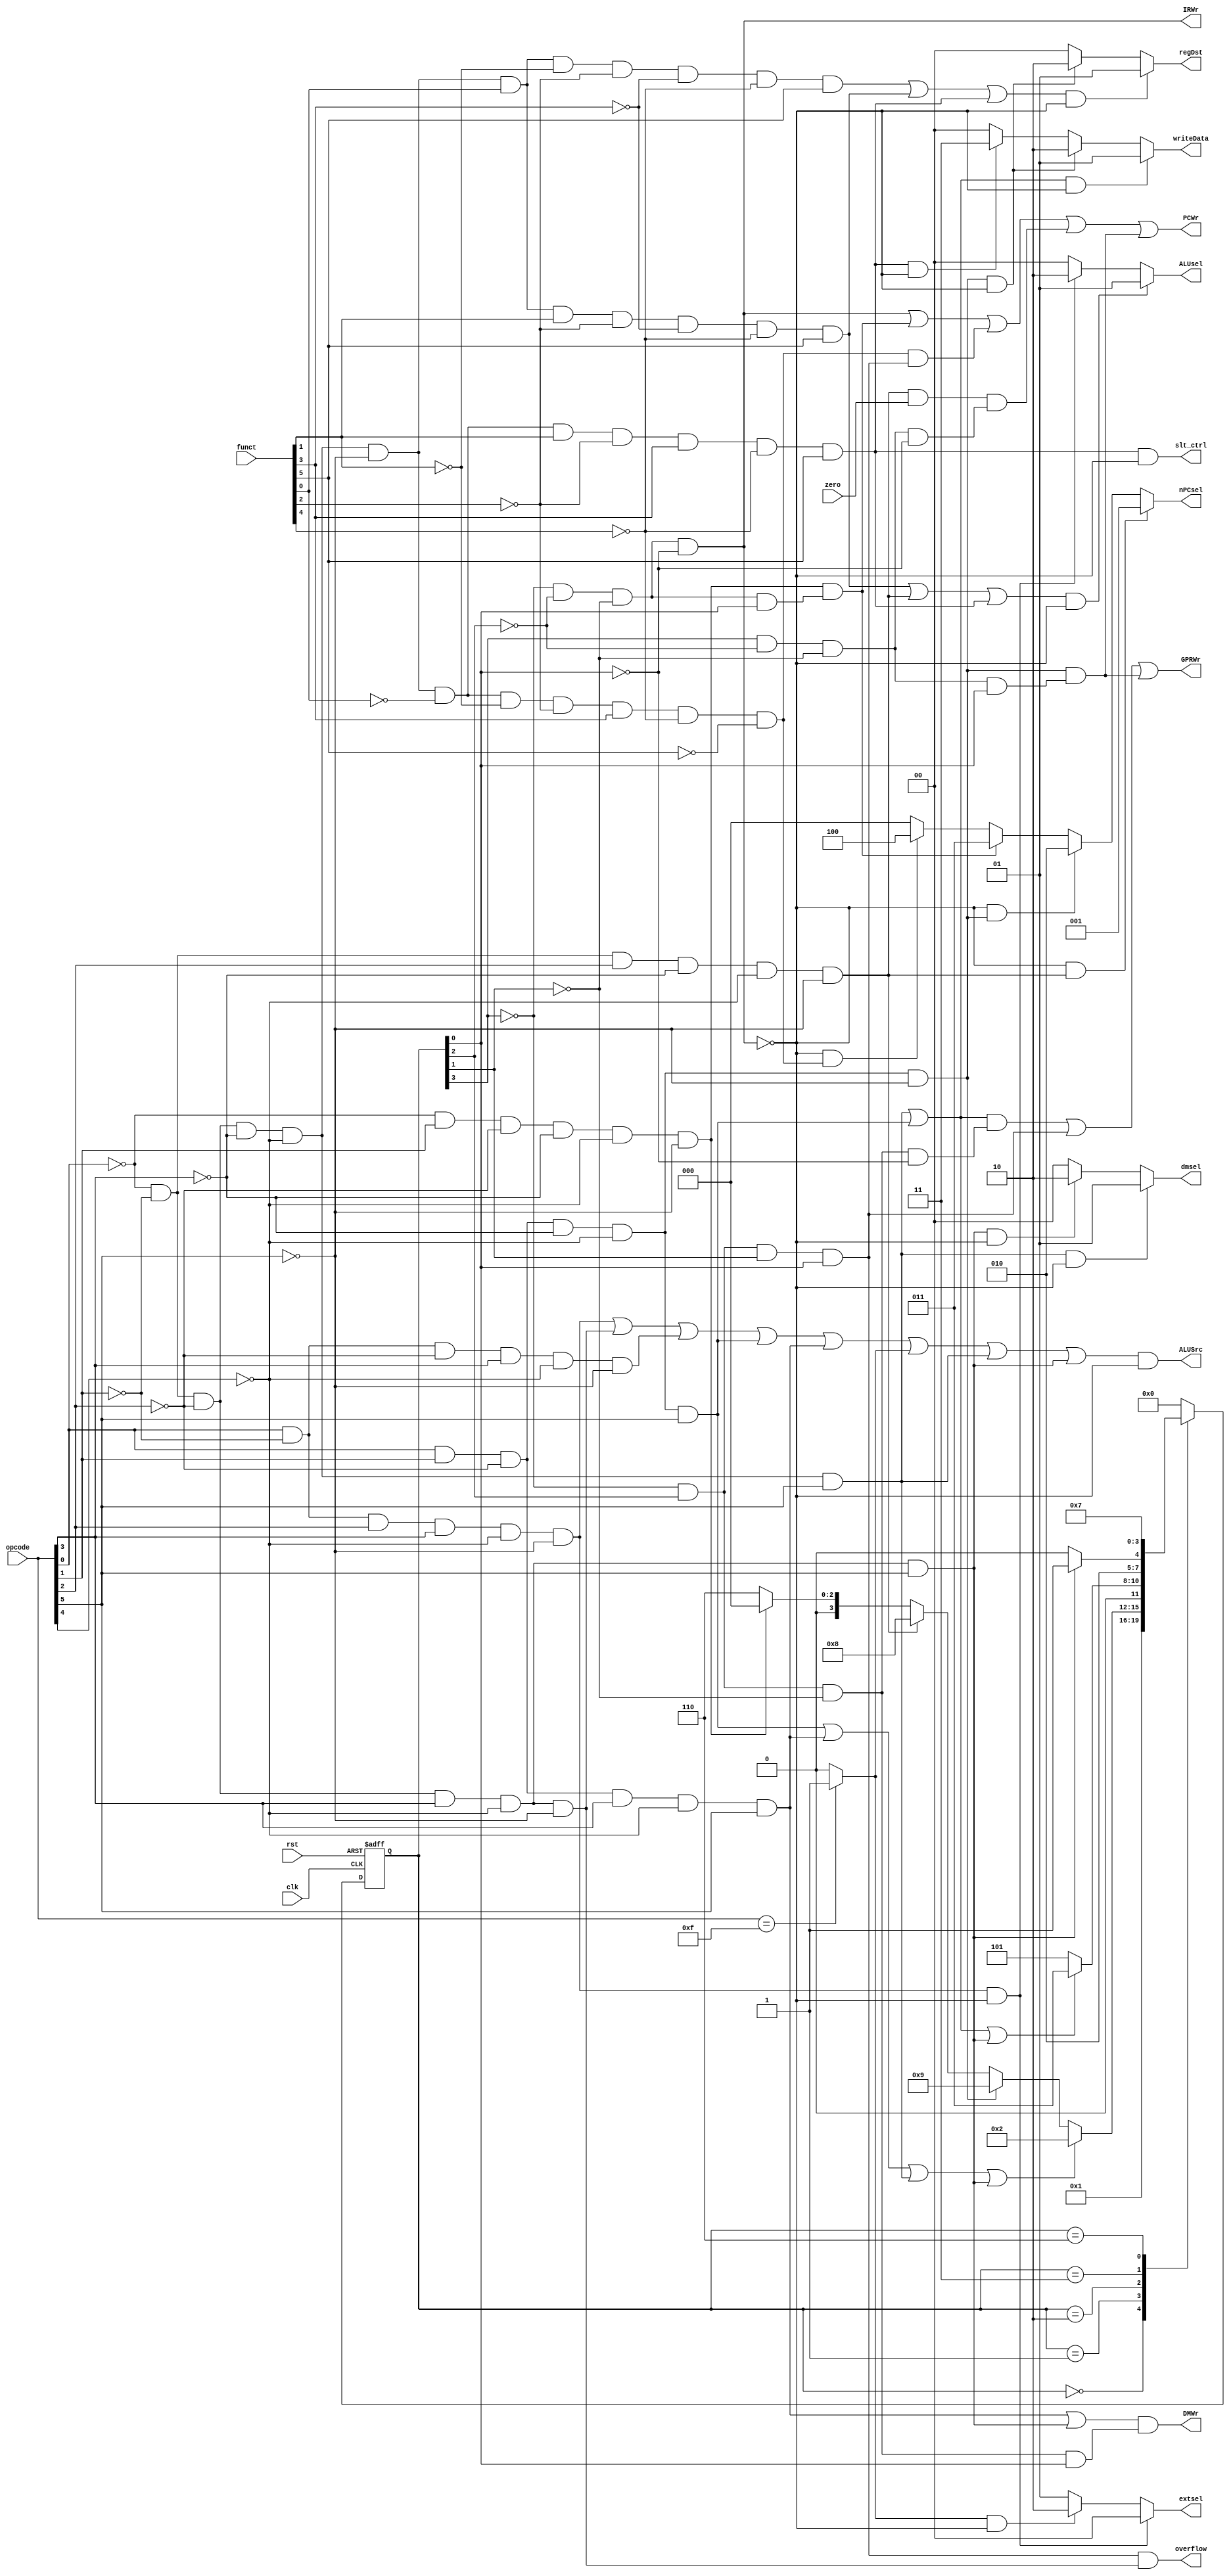
module fsm(clk,rst,zero,opcode,funct,PCWr,IRWr,regDst,ALUSrc,writeData,GPRWr,DMWr,nPCsel,extsel,ALUsel,overflow,slt_ctrl,dmsel);
  input clk,rst,zero;
  input [5:0]opcode,funct;
  wire addi,addiu,slt,jal,jr,addu,subu,ori,lw,sw,beq,lui,j,lb,sb;
  wire f0,f1,f2,f3,f4,f5,f6,f7,f8,f9,f10;
  output PCWr,IRWr,GPRWr,ALUSrc,slt_ctrl,DMWr,overflow;
  output [1:0] ALUsel,writeData,regDst,extsel,dmsel;
  output [2:0] nPCsel;

    
  parameter s0=4'b0000;
  parameter s1=4'b0001;
  parameter s2=4'b0010;
  parameter s3=4'b0011;
  parameter s4=4'b0100;
  parameter s5=4'b0101;
  parameter s6=4'b0110;
  parameter s7=4'b0111;
  parameter s8=4'b1000;
  parameter s9=4'b1001;
  parameter s10=4'b1010;
  parameter s11=4'b1011;
  
 // wire [3:0] next_state;
  reg [3:0] state;
  
  assign addi=~opcode[0]&&~opcode[1]&&~opcode[2]&&opcode[3]&&~opcode[4]&&~opcode[5];
  assign addiu=opcode[0]&&~opcode[1]&&~opcode[2]&&opcode[3]&&~opcode[4]&&~opcode[5];
  assign slt=~opcode[0]&&~opcode[1]&&~opcode[2]&&~opcode[3]&&~opcode[4]&&~opcode[5]&&~funct[0]&&funct[1]&&~funct[2]&&funct[3]&&~funct[4]&&funct[5];
  assign jal=opcode[0]&&opcode[1]&&~opcode[2]&&~opcode[3]&&~opcode[4]&&~opcode[5];
  assign jr=~opcode[0]&&~opcode[1]&&~opcode[2]&&~opcode[3]&&~opcode[4]&&~opcode[5]&&~funct[0]&&~funct[1]&&~funct[2]&&funct[3]&&~funct[4]&&~funct[5];
  assign addu=~opcode[0]&&~opcode[1]&&~opcode[2]&&~opcode[3]&&~opcode[4]&&~opcode[5]&&funct[0]&&~funct[1]&&~funct[2]&&~funct[3]&&~funct[4]&&funct[5];
  assign subu=~opcode[0]&&~opcode[1]&&~opcode[2]&&~opcode[3]&&~opcode[4]&&~opcode[5]&&funct[0]&&funct[1]&&~funct[2]&&~funct[3]&&~funct[4]&&funct[5];
  assign ori=opcode[0]&&~opcode[1]&&opcode[2]&&opcode[3]&&~opcode[4]&&~opcode[5];
  assign lw=opcode[0]&&opcode[1]&&~opcode[2]&&~opcode[3]&&~opcode[4]&&opcode[5];
  assign sw=opcode[0]&&opcode[1]&&~opcode[2]&&opcode[3]&&~opcode[4]&&opcode[5];
  assign beq=~opcode[0]&&~opcode[1]&&opcode[2]&&~opcode[3]&&~opcode[4]&&~opcode[5];
  assign lui=(opcode==6'b001111)?1:0;
  assign j=~opcode[0]&&opcode[1]&&~opcode[2]&&~opcode[3]&&~opcode[4]&&~opcode[5];
  assign lb=~opcode[0]&&~opcode[1]&&~opcode[2]&&~opcode[3]&&~opcode[4]&&opcode[5];
  assign sb=~opcode[0]&&~opcode[1]&&~opcode[2]&&opcode[3]&&~opcode[4]&&opcode[5];
  
  assign f0=~state[3]&~state[2]&~state[1]&~state[0];
  assign f1=~state[3]&~state[2]&~state[1]&state[0];
  assign f2=~state[3]&~state[2]&state[1]&~state[0];
  assign f3=~state[3]&~state[2]&state[1]&state[0];
  assign f4=~state[3]&state[2]&~state[1]&~state[0];
  assign f5=~state[3]&state[2]&~state[1]&state[0];
  assign f6=~state[3]&state[2]&state[1]&~state[0];
  assign f7=~state[3]&state[2]&state[1]&state[0];
  assign f8=state[3]&~state[2]&~state[1]&~state[0];
  assign f9=state[3]&~state[2]&~state[1]&state[0];
  assign f10=state[3]&~state[2]&state[1]&~state[0];
  
  always@(posedge clk,posedge rst)
  begin
    if(rst)
      state<=s0;
    else
      case(state)
        s0:                                                    //s0
        begin
          state=s1;
        end
        s1:                                                    //s1
        begin
          if(lw||sw||lb||sb)
            state<=s2;
          else if(jal)
            state<=s9;
          else if(beq)
            state<=s8;
          else if(j)
            state<=s0;
          else
            state<=s6;
            
        end
        s2:                                                    //s2
        begin
          if(lw||lb||sb)
            state<=s3;
          else  //(sw)
            state<=s5;
        end
        s3:                                                    //s3
        begin
          if(sb)
            state<=s5;
          else
            state<=s4;
        end
        s4:                                                    //s4
        begin
          state<=s0;
        end
        s5:                                                    //s5
        begin
          state<=s0;
        end
        s6:                                                    //s6
        begin
            state<=s7;
        end
        s7:                                                    //s7
        begin
          state<=s0;
        end
        s8:                                                    //s8
        begin
          state<=s0;
        end
        s9:                                                    //s9
        begin
          state<=s0;
        end
        s10:                                                    //s10
        begin
          state<=s0;
        end
        default:state<=s0;
      endcase
        
  end
  
  assign PCWr=f0||(j&&f1)||(jr&&f7)||(beq&&zero)&&f8||jal&&f9;
  assign IRWr=f0;
  assign GPRWr=(lb||lw)&&f4||f7||jal&&f9;//?????????slt??
  assign ALUSrc=(ori||addi||addiu||lw||sw||lui||lb||sb)&&~f0;
  assign overflow=f7&&addi;
  assign DMWr=(sw||sb)&&f5;//???lb sb
  assign slt_ctrl=(slt&&~f0);
  assign dmsel=(lb&&~f0)?2'b01:
                (sb&&~f0)?2'b10:2'b00;
  assign nPCsel=(~f0&&beq)? 3'b001:
                (~f0&&jal)? 3'b010:
                (f1&&j)? 3'b011:
                (~f0&&jr)? 3'b100:3'b000;
  
  assign ALUsel=((subu||beq||slt)&~f0)? 2'b01:
                (ori&~f0)? 2'b10:2'b00;
  assign writeData=((lw||lb)&~f0)? 2'b01:
                    (jal&~f0)? 2'b10:
                    (slt&~f0)? 2'b11:2'b00;
  assign regDst=((addu||subu||slt)&~f0)? 2'b01:
                (jal&~f0)? 2'b10:2'b00;
  assign extsel=(ori&~f0)? 2'b00:
                (lui&~f0)? 2'b10:2'b01;
endmodule